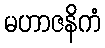
မဟာဇနိကံ